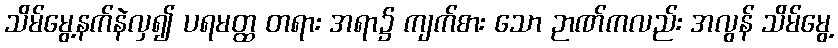
သိမ်မွေ့နက်နဲလှ၍ ပရမတ္ထ တရား အရာ၌ ကျက်စား သော ဉာဏ်ကလည်း အလွန် သိမ်မွေ့